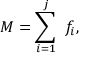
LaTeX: M = \sum _ { i = 1 } ^ { j } \ f _ { i } ,